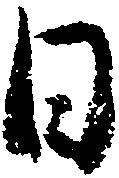
日